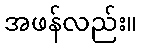
အဖန်လည်း။